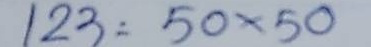
123 = 50 x 50